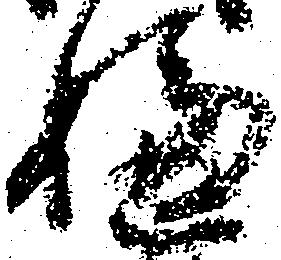
嫌